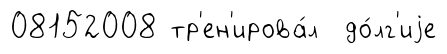
08152008 тр'ен'ирова́л до́лг'иjе